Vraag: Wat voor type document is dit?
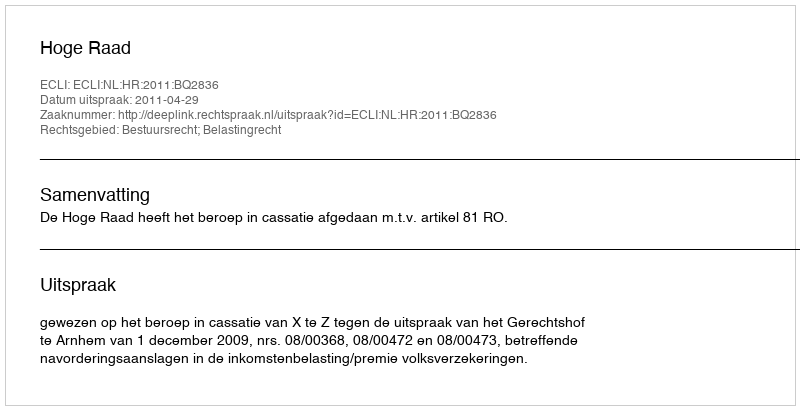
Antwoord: Uitspraak